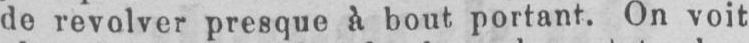
de revolver presque à bout, portant. On voit